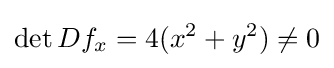
\det Df_{x}=4(x^{2}+y^{2})\neq 0